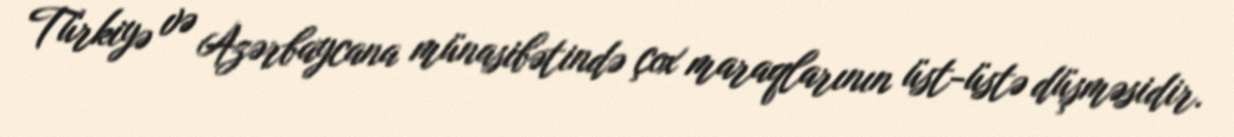
Türkiyə və Azərbaycana münasibətində çox maraqlarının üst-üstə düşməsidir.